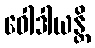
ဝေါဒါယန္တိ